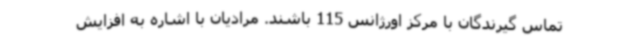
تماس گیرندگان با مرکز اورژانس 115 باشند. مرادیان با اشاره به افزایش